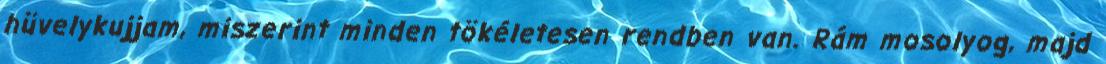
hüvelykujjam, miszerint minden tökéletesen rendben van. Rám mosolyog, majd